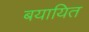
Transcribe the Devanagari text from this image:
बयायित